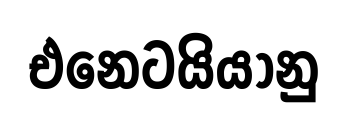
එනෙටයියානු